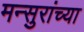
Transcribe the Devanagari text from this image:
मन्सुरांच्या